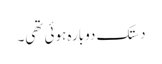
دستک دوبارہ ہوئی تھی۔